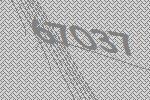
67037